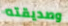
وصديقته